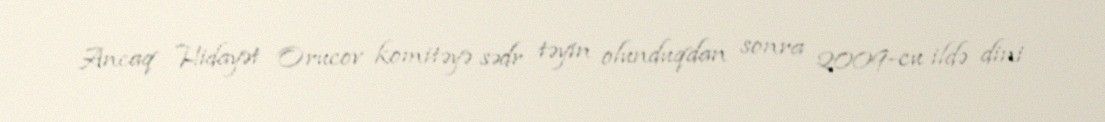
Ancaq Hidayət Orucov komitəyə sədr təyin olunduqdan sonra 2009-cu ildə dini